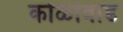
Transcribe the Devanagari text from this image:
कोळीवाड